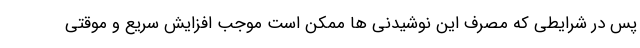
پس در شرایطی که مصرف این نوشیدنی ها ممکن است موجب افزایش سریع و موقتی